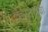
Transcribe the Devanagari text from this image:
चेस्टोशोवा